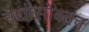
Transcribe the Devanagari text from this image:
नद्यांसोबतच